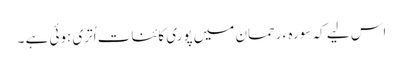
اس لیے کہ سورہ ء رحمان میں پوری کائنات اُتری ہوئی ہے ۔